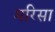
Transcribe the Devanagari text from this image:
मरिसा